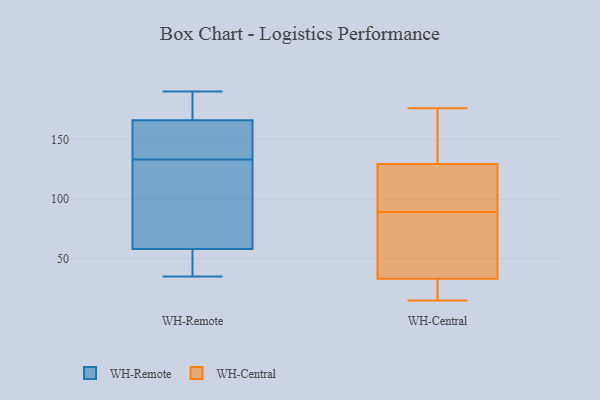
{"axis": {"x": "Customer Acquisition Cost (USD)", "y": "Value"}, "legend": ["WH-Central", "WH-Remote"], "data": [{"x": "", "y": 58, "type": "WH-Remote"}, {"x": "", "y": 122, "type": "WH-Remote"}, {"x": "", "y": 166, "type": "WH-Remote"}, {"x": "", "y": 51, "type": "WH-Remote"}, {"x": "", "y": 48, "type": "WH-Remote"}, {"x": "", "y": 190, "type": "WH-Remote"}, {"x": "", "y": 153, "type": "WH-Remote"}, {"x": "", "y": 190, "type": "WH-Remote"}, {"x": "", "y": 146, "type": "WH-Remote"}, {"x": "", "y": 188, "type": "WH-Remote"}, {"x": "", "y": 144, "type": "WH-Remote"}, {"x": "", "y": 86, "type": "WH-Remote"}, {"x": "", "y": 35, "type": "WH-Remote"}, {"x": "", "y": 95, "type": "WH-Remote"}, {"x": "", "y": 170, "type": "WH-Central"}, {"x": "", "y": 19, "type": "WH-Central"}, {"x": "", "y": 38, "type": "WH-Central"}, {"x": "", "y": 90, "type": "WH-Central"}, {"x": "", "y": 15, "type": "WH-Central"}, {"x": "", "y": 169, "type": "WH-Central"}, {"x": "", "y": 80, "type": "WH-Central"}, {"x": "", "y": 107, "type": "WH-Central"}, {"x": "", "y": 116, "type": "WH-Central"}, {"x": "", "y": 15, "type": "WH-Central"}, {"x": "", "y": 176, "type": "WH-Central"}, {"x": "", "y": 67, "type": "WH-Central"}, {"x": "", "y": 89, "type": "WH-Central"}]}